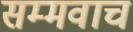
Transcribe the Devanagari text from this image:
सम्मवाच